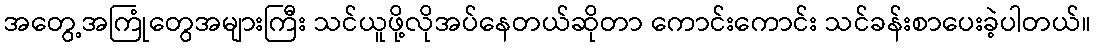
အတွေ့အကြုံတွေအများကြီး သင်ယူဖို့လိုအပ်နေတယ်ဆိုတာ ကောင်းကောင်း သင်ခန်းစာပေးခဲ့ပါတယ်။